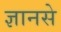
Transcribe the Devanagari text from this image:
ज्ञानसे